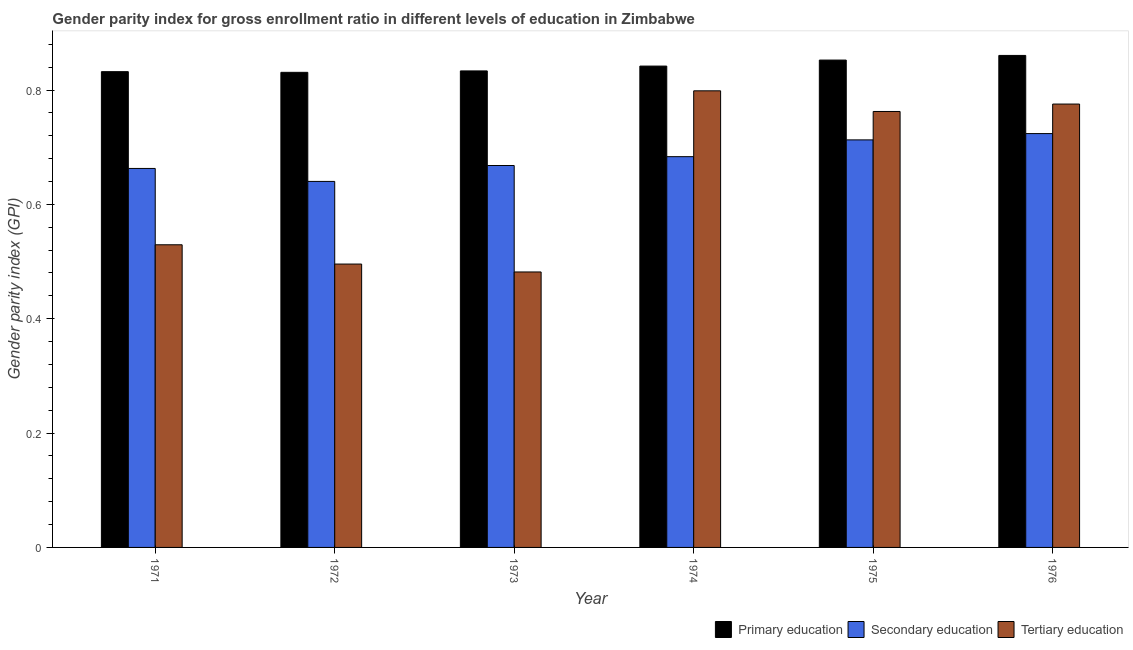
| Year | Primary education | Secondary education | Tertiary education |
 | --- | --- | --- | --- |
 | 1971 | 0.832 | 0.663 | 0.529 |
 | 1972 | 0.831 | 0.64 | 0.496 |
 | 1973 | 0.833 | 0.668 | 0.482 |
 | 1974 | 0.842 | 0.683 | 0.799 |
 | 1975 | 0.852 | 0.713 | 0.762 |
 | 1976 | 0.86 | 0.724 | 0.775 |